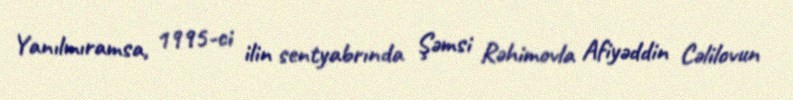
Yanılmıramsa, 1995-ci ilin sentyabrında Şəmsi Rəhimovla Afiyəddin Cəlilovun